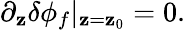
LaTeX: \partial_{\mathbf{z}}\delta\phi_{f}\vert_{\mathbf{z}=\mathbf{z}_{0}}=0.